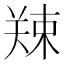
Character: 𪲿